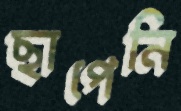
ছাপেনি